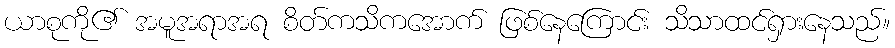
ယာစုကို၏ အမူအရာအရ စိတ်ကသိကအောက် ဖြစ်နေကြောင်း သိသာထင်ရှားနေသည်။